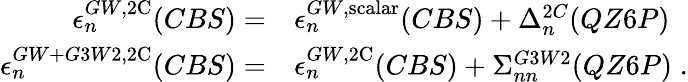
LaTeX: \begin{array}{rl}{\epsilon_{n}^{GW,\mathrm{2C}}(CBS)=}&{\epsilon_{n}^{GW,\mathrm{scalar}}(CBS)+\Delta_{n}^{2C}(QZ6P)}\\ {\epsilon_{n}^{GW+G3W2,\mathrm{2C}}(CBS)=}&{\epsilon_{n}^{GW,\mathrm{2C}}(CBS)+\Sigma_{nn}^{G3W2}(QZ6P)\; .}\end{array}